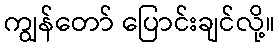
ကျွန်တော် ပြောင်းချင်လို့။